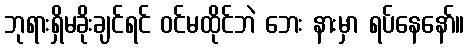
ဘုရားရှိမခိုးချင်ရင် ဝင်မထိုင်ဘဲ ဘေး နားမှာ ရပ်နေနော်။